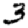
Digit: 3